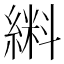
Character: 𫃼